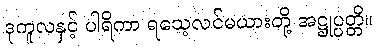
ဒုကူလနှင့် ပါရိကာ ရသေ့လင်မယားတို့ အဋ္ဌုပ္ပတ္တိ။